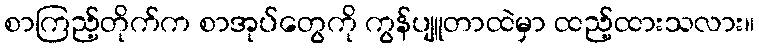
စာကြည့်တိုက်က စာအုပ်တွေကို ကွန်ပျူတာထဲမှာ ထည့်ထားသလား။